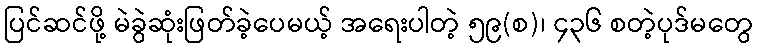
ပြင်ဆင်ဖို့ မဲခွဲဆုံးဖြတ်ခဲ့ပေမယ့် အရေးပါတဲ့ ၅၉(စ)၊ ၄၃၆ စတဲ့ပုဒ်မတွေ